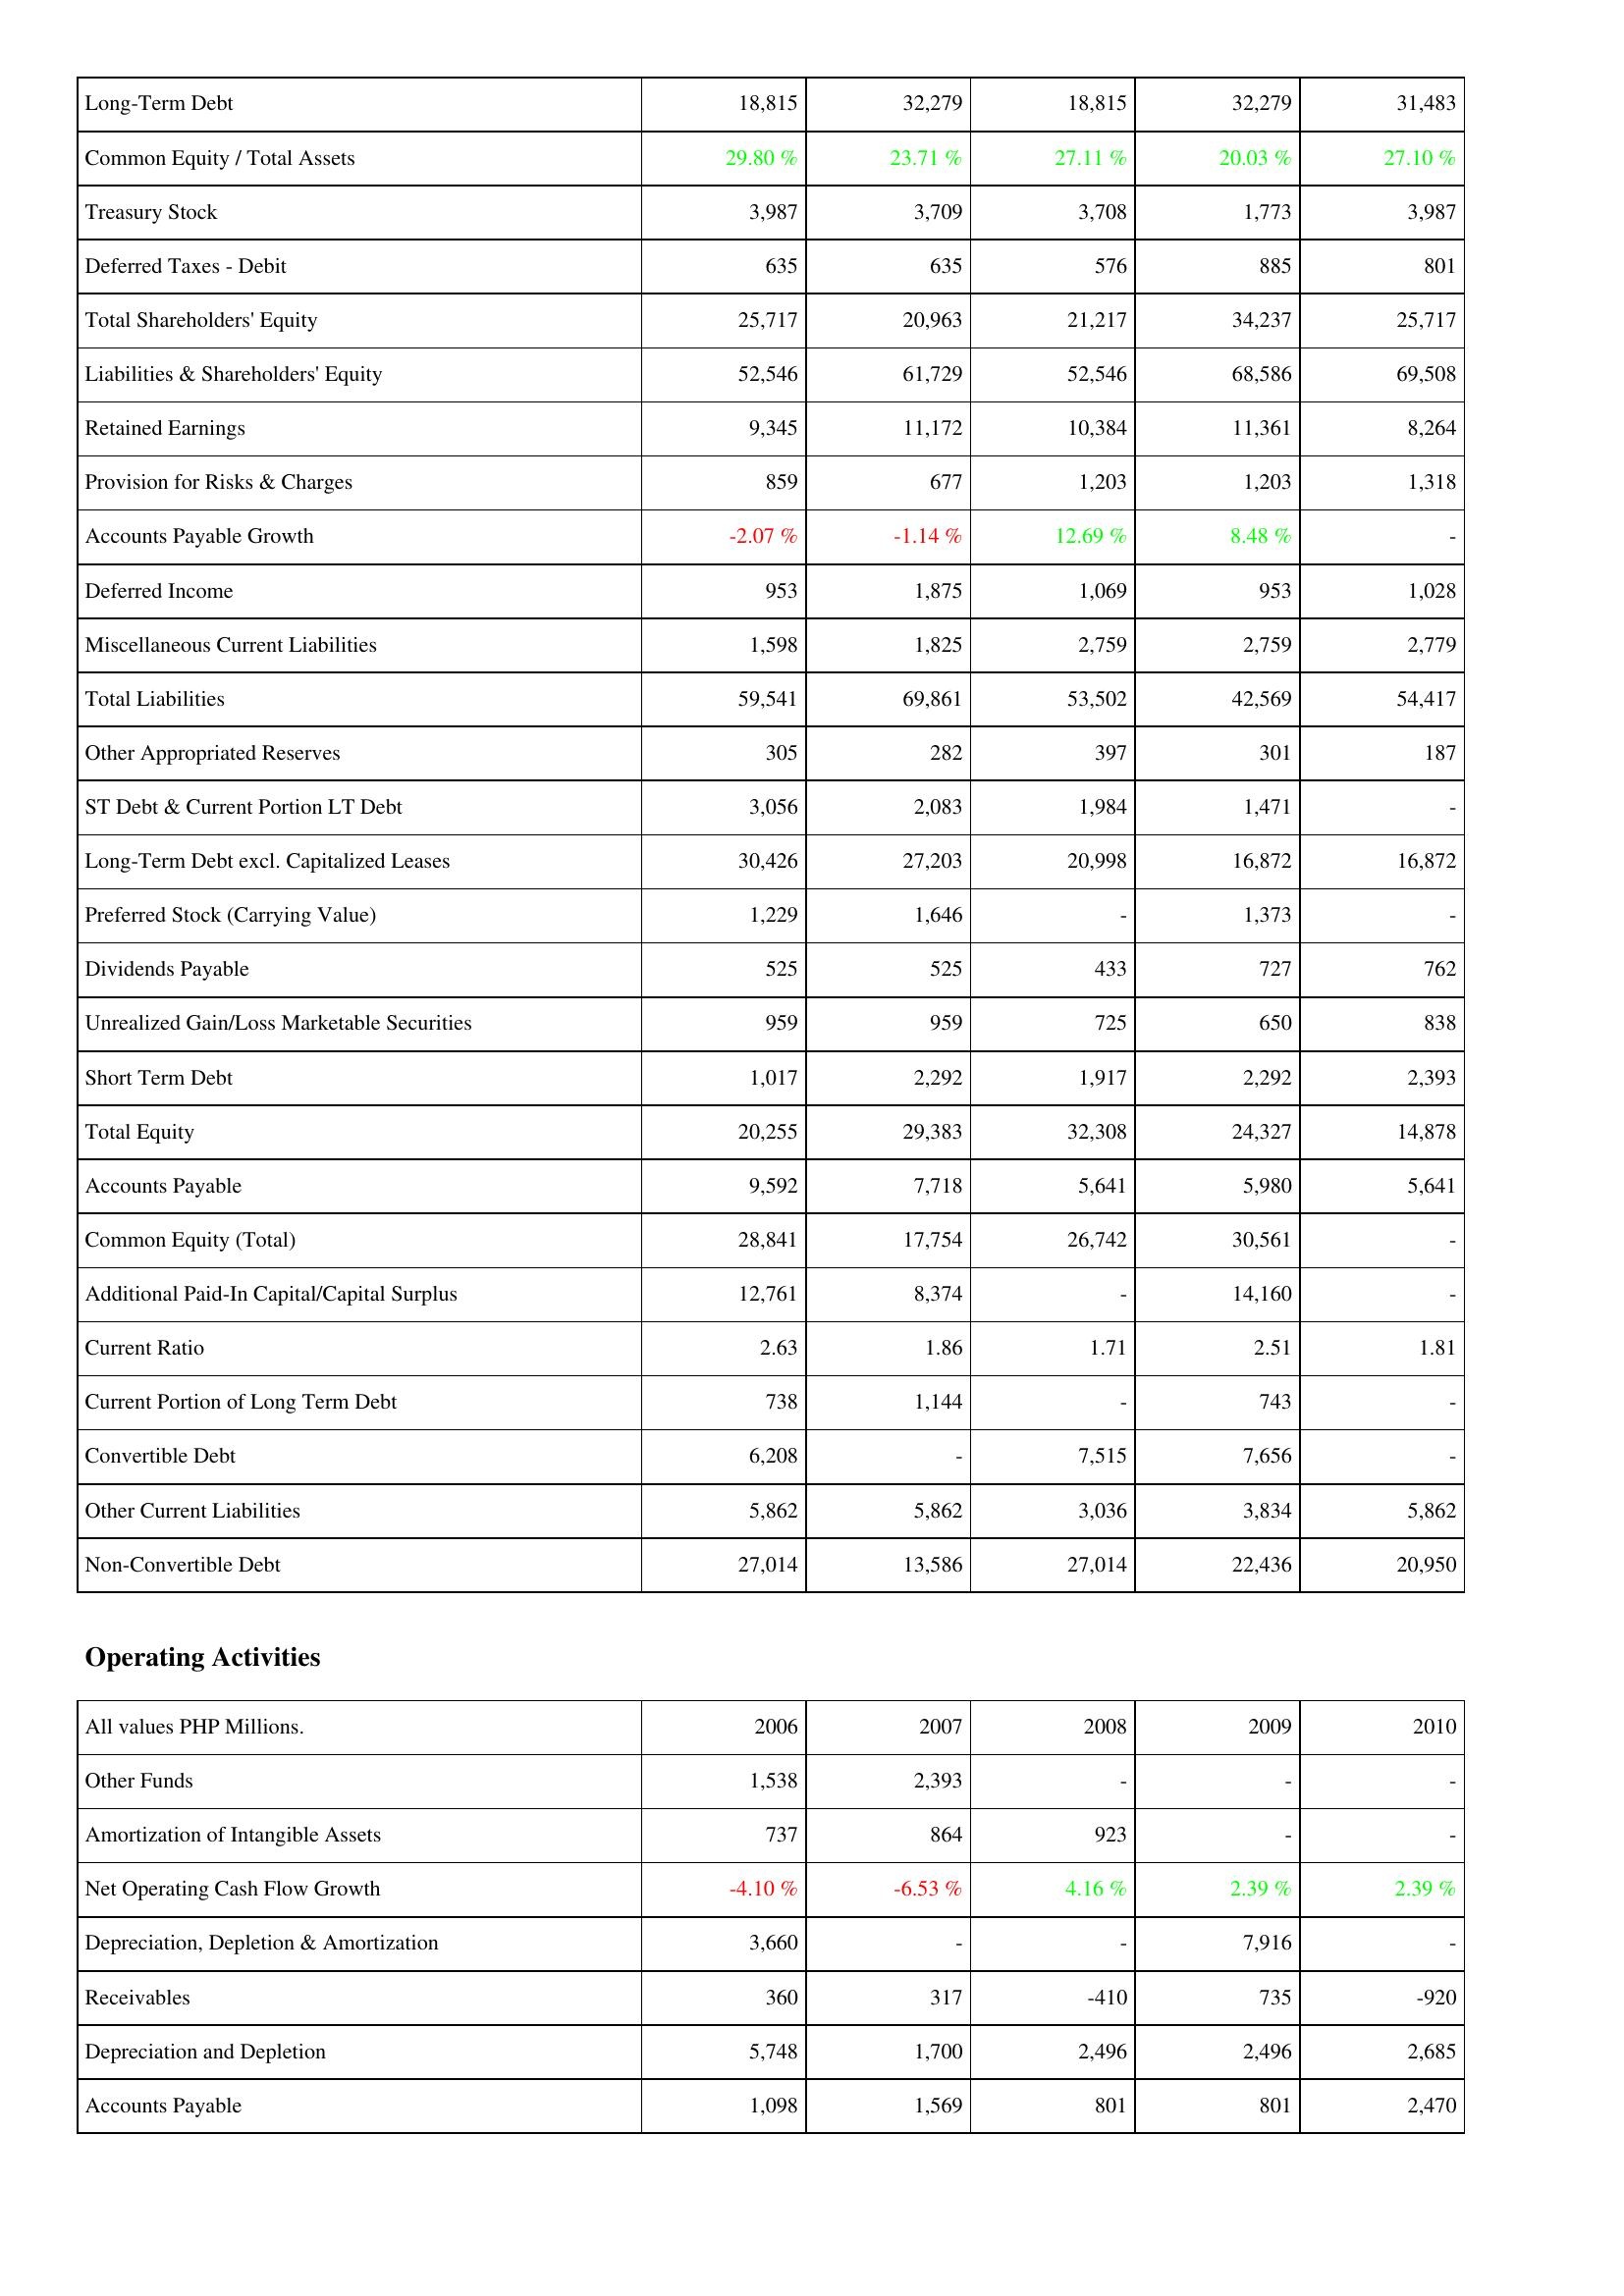
2006: Liabilities & Shareholders' Equity: Long-Term Debt: 18,815
Common Equity / Total Assets: 29.80 %
Treasury Stock: 3,987
Deferred Taxes - Debit: 635
Total Shareholders' Equity: 25,717
Liabilities & Shareholders' Equity: 52,546
Retained Earnings: 9,345
Provision for Risks & Charges: 859
Accounts Payable Growth: -2.07 %
Deferred Income: 953
Miscellaneous Current Liabilities: 1,598
Total Liabilities: 59,541
Other Appropriated Reserves: 305
ST Debt & Current Portion LT Debt: 3,056
Long-Term Debt excl. Capitalized Leases: 30,426
Preferred Stock (Carrying Value): 1,229
Dividends Payable: 525
Unrealized Gain/Loss Marketable Securities: 959
Short Term Debt: 1,017
Total Equity: 20,255
Accounts Payable: 9,592
Common Equity (Total): 28,841
Additional Paid-In Capital/Capital Surplus: 12,761
Current Ratio: 2.63
Current Portion of Long Term Debt: 738
Convertible Debt: 6,208
Other Current Liabilities: 5,862
Non-Convertible Debt: 27,014
Operating Activities: Other Funds: 1,538
Amortization of Intangible Assets: 737
Net Operating Cash Flow Growth: -4.10 %
Depreciation, Depletion & Amortization: 3,660
Receivables: 360
Depreciation and Depletion: 5,748
Accounts Payable: 1,098
2007: Liabilities & Shareholders' Equity: Long-Term Debt: 32,279
Common Equity / Total Assets: 23.71 %
Treasury Stock: 3,709
Deferred Taxes - Debit: 635
Total Shareholders' Equity: 20,963
Liabilities & Shareholders' Equity: 61,729
Retained Earnings: 11,172
Provision for Risks & Charges: 677
Accounts Payable Growth: -1.14 %
Deferred Income: 1,875
Miscellaneous Current Liabilities: 1,825
Total Liabilities: 69,861
Other Appropriated Reserves: 282
ST Debt & Current Portion LT Debt: 2,083
Long-Term Debt excl. Capitalized Leases: 27,203
Preferred Stock (Carrying Value): 1,646
Dividends Payable: 525
Unrealized Gain/Loss Marketable Securities: 959
Short Term Debt: 2,292
Total Equity: 29,383
Accounts Payable: 7,718
Common Equity (Total): 17,754
Additional Paid-In Capital/Capital Surplus: 8,374
Current Ratio: 1.86
Current Portion of Long Term Debt: 1,144
Convertible Debt: -
Other Current Liabilities: 5,862
Non-Convertible Debt: 13,586
Operating Activities: Other Funds: 2,393
Amortization of Intangible Assets: 864
Net Operating Cash Flow Growth: -6.53 %
Depreciation, Depletion & Amortization: -
Receivables: 317
Depreciation and Depletion: 1,700
Accounts Payable: 1,569
2008: Liabilities & Shareholders' Equity: Long-Term Debt: 18,815
Common Equity / Total Assets: 27.11 %
Treasury Stock: 3,708
Deferred Taxes - Debit: 576
Total Shareholders' Equity: 21,217
Liabilities & Shareholders' Equity: 52,546
Retained Earnings: 10,384
Provision for Risks & Charges: 1,203
Accounts Payable Growth: 12.69 %
Deferred Income: 1,069
Miscellaneous Current Liabilities: 2,759
Total Liabilities: 53,502
Other Appropriated Reserves: 397
ST Debt & Current Portion LT Debt: 1,984
Long-Term Debt excl. Capitalized Leases: 20,998
Preferred Stock (Carrying Value): -
Dividends Payable: 433
Unrealized Gain/Loss Marketable Securities: 725
Short Term Debt: 1,917
Total Equity: 32,308
Accounts Payable: 5,641
Common Equity (Total): 26,742
Additional Paid-In Capital/Capital Surplus: -
Current Ratio: 1.71
Current Portion of Long Term Debt: -
Convertible Debt: 7,515
Other Current Liabilities: 3,036
Non-Convertible Debt: 27,014
Operating Activities: Other Funds: -
Amortization of Intangible Assets: 923
Net Operating Cash Flow Growth: 4.16 %
Depreciation, Depletion & Amortization: -
Receivables: -410
Depreciation and Depletion: 2,496
Accounts Payable: 801
2009: Liabilities & Shareholders' Equity: Long-Term Debt: 32,279
Common Equity / Total Assets: 20.03 %
Treasury Stock: 1,773
Deferred Taxes - Debit: 885
Total Shareholders' Equity: 34,237
Liabilities & Shareholders' Equity: 68,586
Retained Earnings: 11,361
Provision for Risks & Charges: 1,203
Accounts Payable Growth: 8.48 %
Deferred Income: 953
Miscellaneous Current Liabilities: 2,759
Total Liabilities: 42,569
Other Appropriated Reserves: 301
ST Debt & Current Portion LT Debt: 1,471
Long-Term Debt excl. Capitalized Leases: 16,872
Preferred Stock (Carrying Value): 1,373
Dividends Payable: 727
Unrealized Gain/Loss Marketable Securities: 650
Short Term Debt: 2,292
Total Equity: 24,327
Accounts Payable: 5,980
Common Equity (Total): 30,561
Additional Paid-In Capital/Capital Surplus: 14,160
Current Ratio: 2.51
Current Portion of Long Term Debt: 743
Convertible Debt: 7,656
Other Current Liabilities: 3,834
Non-Convertible Debt: 22,436
Operating Activities: Other Funds: -
Amortization of Intangible Assets: -
Net Operating Cash Flow Growth: 2.39 %
Depreciation, Depletion & Amortization: 7,916
Receivables: 735
Depreciation and Depletion: 2,496
Accounts Payable: 801
2010: Liabilities & Shareholders' Equity: Long-Term Debt: 31,483
Common Equity / Total Assets: 27.10 %
Treasury Stock: 3,987
Deferred Taxes - Debit: 801
Total Shareholders' Equity: 25,717
Liabilities & Shareholders' Equity: 69,508
Retained Earnings: 8,264
Provision for Risks & Charges: 1,318
Accounts Payable Growth: -
Deferred Income: 1,028
Miscellaneous Current Liabilities: 2,779
Total Liabilities: 54,417
Other Appropriated Reserves: 187
ST Debt & Current Portion LT Debt: -
Long-Term Debt excl. Capitalized Leases: 16,872
Preferred Stock (Carrying Value): -
Dividends Payable: 762
Unrealized Gain/Loss Marketable Securities: 838
Short Term Debt: 2,393
Total Equity: 14,878
Accounts Payable: 5,641
Common Equity (Total): -
Additional Paid-In Capital/Capital Surplus: -
Current Ratio: 1.81
Current Portion of Long Term Debt: -
Convertible Debt: -
Other Current Liabilities: 5,862
Non-Convertible Debt: 20,950
Operating Activities: Other Funds: -
Amortization of Intangible Assets: -
Net Operating Cash Flow Growth: 2.39 %
Depreciation, Depletion & Amortization: -
Receivables: -920
Depreciation and Depletion: 2,685
Accounts Payable: 2,470